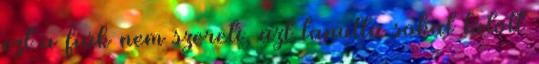
ezt a fiúk nem szereti, azt tanulta sokat látott